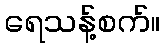
ရေသန့်စက်။